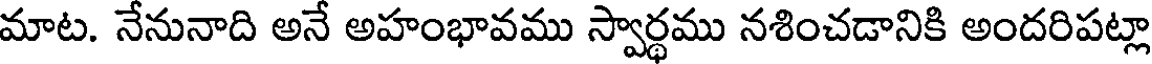
మాట. నేనునాది అనే అహంభావము స్వార్థము నశించడానికి అందరిపట్లా